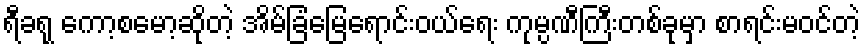
ရီခရု ကော့စမော့ဆိုတဲ့ အိမ်ခြံမြေရောင်းဝယ်ရေး ကုမ္ပဏီကြီးတစ်ခုမှာ စာရင်းမဝင်တဲ့